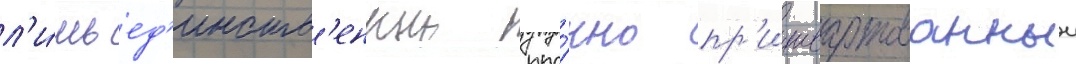
л'и́шь ед'инств'енныи про́чно пр'ишвартованныи